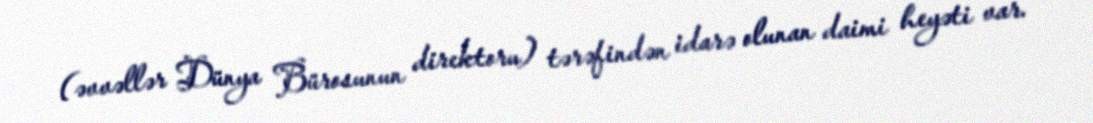
(əvvəllər Dünya Bürosunun direktoru) tərəfindən idarə olunan daimi heyəti var.